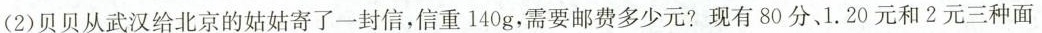
(2)贝贝从武汉给北京的姑姑寄了一封信，信重140g，需要邮费多少元?现有80分、1.20元和2元三种面